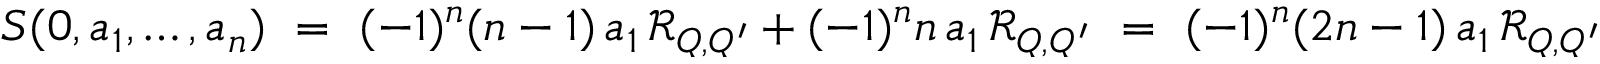
S ( 0 , a _ { 1 } , \ldots , a _ { n } ) \ = \ ( - 1 ) ^ { n } ( n - 1 ) \, a _ { 1 } \, { \mathcal R } _ { Q , Q ^ { \prime } } + ( - 1 ) ^ { n } n \, a _ { 1 } \, { \mathcal R } _ { Q , Q ^ { \prime } } \ = \ ( - 1 ) ^ { n } ( 2 n - 1 ) \, a _ { 1 } \, { \mathcal R } _ { Q , Q ^ { \prime } }